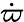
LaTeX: \dot{\varpi}